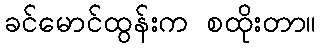
ခင်မောင်ထွန်းက စထိုးတာ။